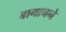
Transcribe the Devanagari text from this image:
बागानने